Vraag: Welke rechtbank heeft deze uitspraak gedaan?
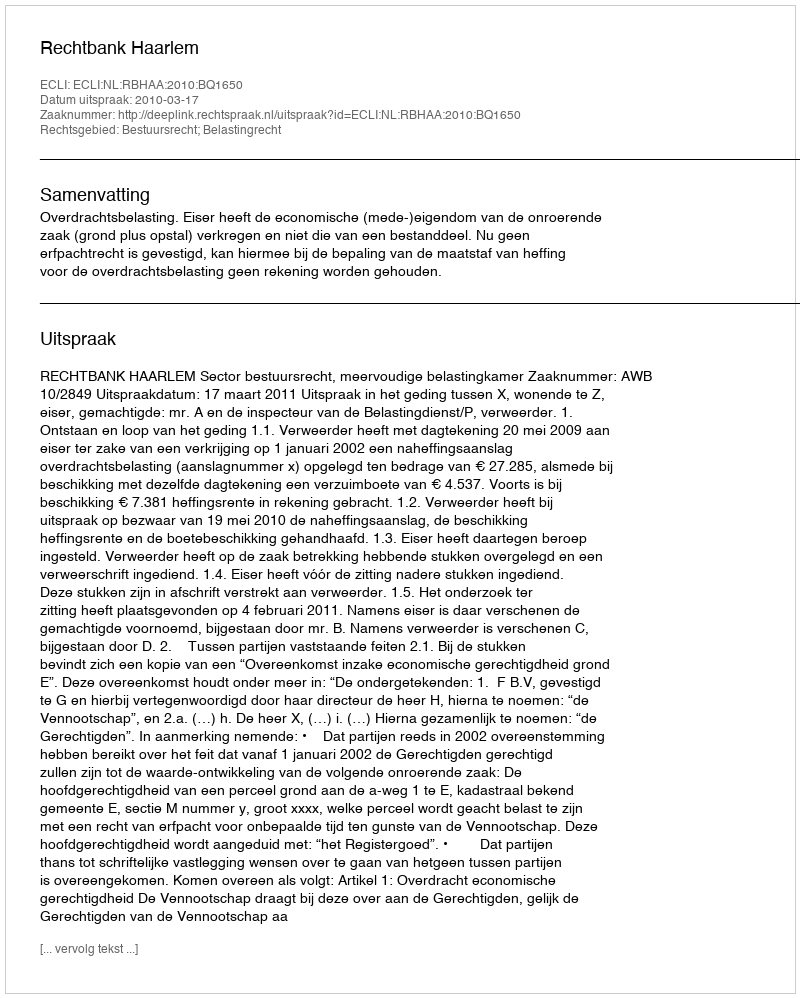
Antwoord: Rechtbank Haarlem